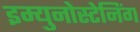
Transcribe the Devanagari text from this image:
इम्युनोस्टेनिंग